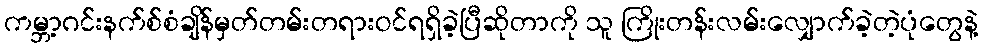
ကမ္ဘာ့ဂင်းနက်စ်စံချိန်မှတ်တမ်းတရားဝင်ရရှိခဲ့ပြီဆိုတာကို သူ ကြိုးတန်းလမ်းလျှောက်ခဲ့တဲ့ပုံတွေနဲ့